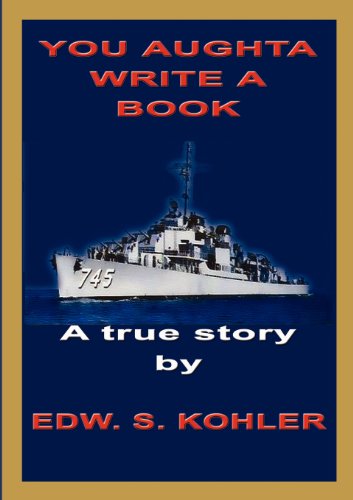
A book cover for You Aughta Write a Book; Edw S. Kohler; Biographies & Memoirs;